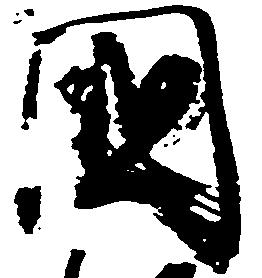
国